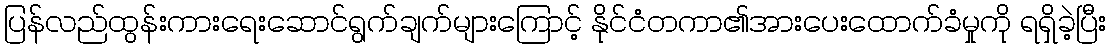
ပြန်လည်ထွန်းကားရေးဆောင်ရွက်ချက်များကြောင့် နိုင်ငံတကာ၏အားပေးထောက်ခံမှုကို ရရှိခဲ့ပြီး